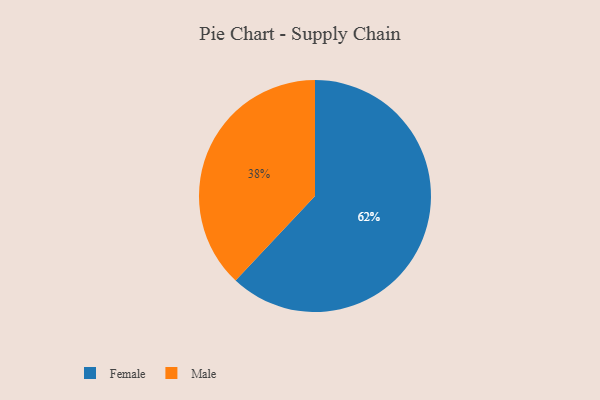
{"axis": {"x": "Category", "y": "Percentage"}, "legend": ["Female", "Male"], "data": [{"x": "Female", "y": 62, "type": "Female"}, {"x": "Male", "y": 38, "type": "Male"}]}